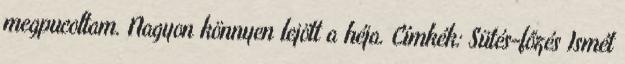
megpucoltam. Nagyon könnyen lejött a héja. Címkék: Sütés-főzés Ismét